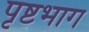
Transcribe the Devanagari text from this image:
पृष्टभाग